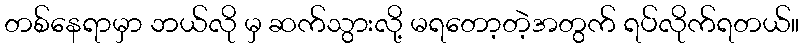
တစ်နေရာမှာ ဘယ်လို မှ ဆက်သွားလို့ မရတော့တဲ့အတွက် ရပ်လိုက်ရတယ်။